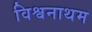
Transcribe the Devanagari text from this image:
विश्वनाथम